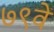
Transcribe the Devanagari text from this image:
७९वें